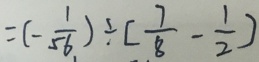
= ( - \frac { 1 } { 5 6 } ) \div [ \frac { 7 } { 8 } - \frac { 1 } { 2 } )